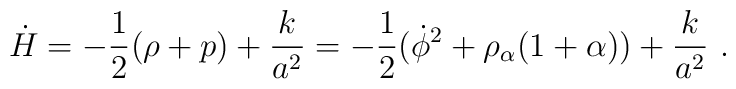
\dot H=-{1 \over 2}(\rho + p) + {k \over a^2} = -{1 \over 2}(\dot \phi^2 +\rho_\alpha(1+ \alpha)) + {k \over a^2} \ .